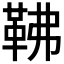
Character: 𩉽